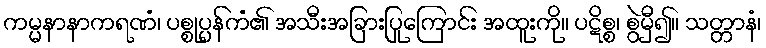
ကမ္မနာနာကရဏံ၊ ပစ္စုပ္ပန်ကံ၏ အသီးအခြားပြုကြောင်း အထူးကို။ ပဋိစ္စ၊ စွဲမှီ၍။ သတ္တာနံ၊